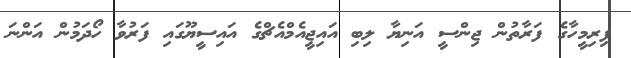
ފިރިމީހާގެ ފަރާތުން ޖިންސީ އަނިޔާ ލިބި އައިޖީއެމްއެޗްގެ އައިސީޔޫގައި ފަރުވާ ހޯދަމުން އަންނަ